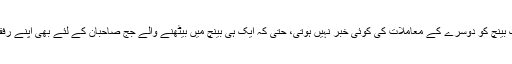
عدالتی روایات کے مطابق ایک بینچ کو دوسرے کے معاملات کی کوئی خبر نہیں ہوتی، حتیٰ کہ ایک ہی بینچ میں بیٹھنے والے جج صاحبان کے لئے بھی اپنے رفقاء پر دل کھولنا لازم نہیں ہوتا۔